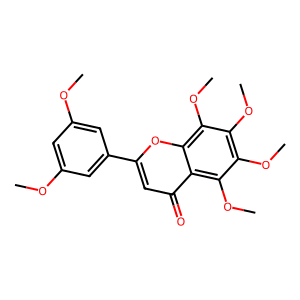
SMILES: COc1cc(OC)cc(-c2cc(=O)c3c(OC)c(OC)c(OC)c(OC)c3o2)c1
Inhibits HIV replication: No